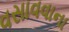
વસાવવાના